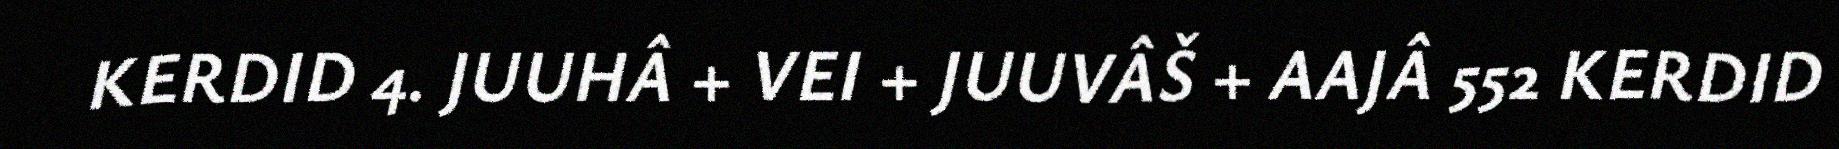
KERDID 4. JUUHÂ + VEI + JUUVÂŠ + AAJÂ 552 KERDID